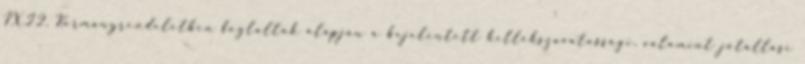
IX.22. Kormányrendeletben foglaltak alapján a bejelentett kellékszavatossági, valamint jótállási